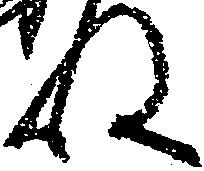
ね